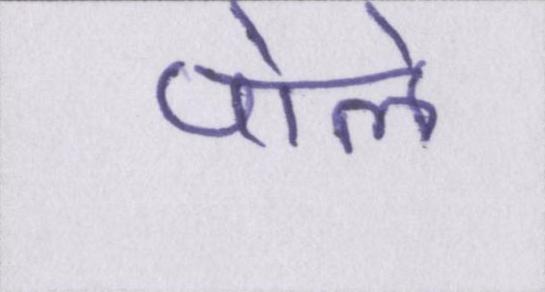
पोले